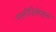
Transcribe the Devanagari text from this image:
मल्टीडिकेडल